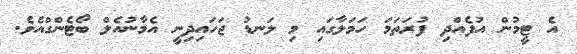
އެ ޓީމުން އުފެއްދި ފުރަތަމަ ހަމަލާގައި މި ލަނޑު ޖަހައިދިނީ އެމާނުއެލް ބޯޓެންގްއެވެ.